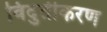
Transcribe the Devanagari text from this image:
विदुतीकरण